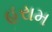
હરામ